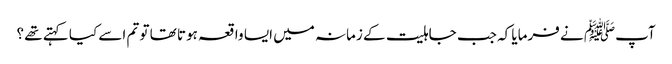
آپﷺ نے فرمایا کہ جب جاہلیت کے زمانہ میں ایسا واقعہ ہوتا تھا تو تم اسے کیا کہتے تھے ؟